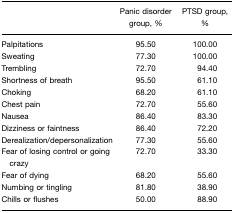
<table><thead><tr><td></td><td><b>Panic disorder group, %</b></td><td><b>PTSD group, %</b></td></tr></thead><tbody><tr><td>Palpitations</td><td>95.50</td><td>100.00</td></tr><tr><td>Sweating</td><td>77.30</td><td>100.00</td></tr><tr><td>Trembling</td><td>72.70</td><td>94.40</td></tr><tr><td>Shortness of breath</td><td>95.50</td><td>61.10</td></tr><tr><td>Choking</td><td>68.20</td><td>61.10</td></tr><tr><td>Chest pain</td><td>72.70</td><td>55.60</td></tr><tr><td>Nausea</td><td>86.40</td><td>83.30</td></tr><tr><td>Dizziness or faintness</td><td>86.40</td><td>72.20</td></tr><tr><td>Derealization/depersonalization</td><td>77.30</td><td>55.60</td></tr><tr><td>Fear of losing control or going crazy</td><td>72.70</td><td>33.30</td></tr><tr><td>Fear of dying</td><td>68.20</td><td>55.60</td></tr><tr><td>Numbing or tingling</td><td>81.80</td><td>38.90</td></tr><tr><td>Chills or flushes</td><td>50.00</td><td>88.90</td></tr></tbody></table>